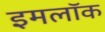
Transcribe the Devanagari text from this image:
इमलॉक